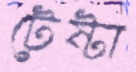
টেষ্টা